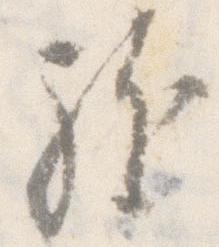
駈